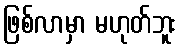
ဖြစ်လာမှာ မဟုတ်ဘူး